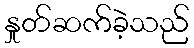
နှုတ်ဆက်ခဲ့သည်